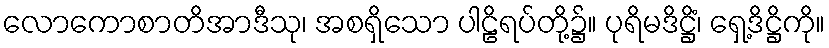
လောကောစာတိအာဒီသု၊ အစရှိသော ပါဠိရပ်တို့၌။ ပုရိမဒိဋ္ဌိံ၊ ရှေ့ဒိဋ္ဌိကို။